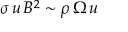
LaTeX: \sigma \, u \, B ^ { 2 } \sim \rho \, \Omega \, u